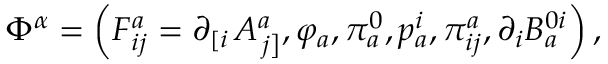
\Phi ^ { \alpha } = \left( F _ { i j } ^ { a } = \partial _ { \left[ i \right. } A _ { \left. j \right] } ^ { a } , \varphi _ { a } , \pi _ { a } ^ { 0 } , p _ { a } ^ { i } , \pi _ { i j } ^ { a } , \partial _ { i } B _ { a } ^ { 0 i } \right) ,